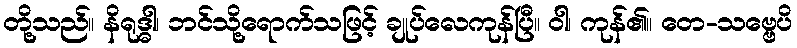
တို့သည်။ နိရုဒ္ဓါ၊ ဘင်သို့ရောက်သဖြင့် ချုပ်လေကုန်ပြီ။ ဝါ၊ ကုန်၏။ တေ-သဗ္ဗေပိ